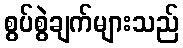
စွပ်စွဲချက်များသည်